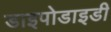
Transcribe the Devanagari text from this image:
डाइपोडाइडी